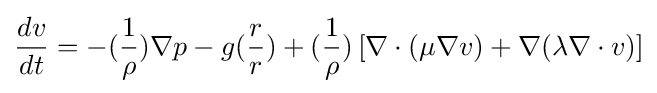
{\frac {dv}{dt}}=-({\frac {1}{\rho }})\nabla p-g({\frac {r}{r}})+({\frac {1}{\rho }})\left[\nabla \cdot (\mu \nabla v)+\nabla (\lambda \nabla \cdot v)\right]